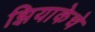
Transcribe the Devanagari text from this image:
झियाकेचे